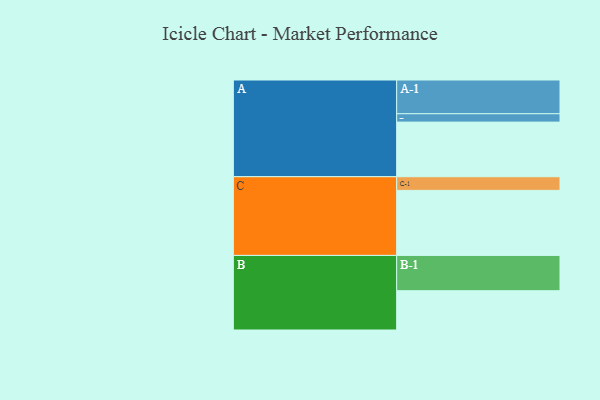
{"axis": {"x": "Segment", "y": "Value"}, "legend": ["", "A", "B", "C"], "data": [{"x": "A", "y": 424, "type": ""}, {"x": "B", "y": 305, "type": ""}, {"x": "C", "y": 505, "type": ""}, {"x": "A-1", "y": 262, "type": "A"}, {"x": "A-2", "y": 65, "type": "A"}, {"x": "B-1", "y": 274, "type": "B"}, {"x": "C-1", "y": 106, "type": "C"}]}